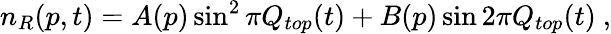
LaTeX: n_{R}(p,t)=A(p)\sin^{2}\pi Q_{top}(t)+B(p)\sin 2\pi Q_{top}(t)\ ,